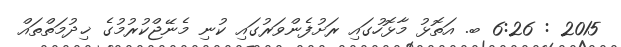
2015 : 6:26 ބ. އަތޮޅު މާޅޮހުގައި ރަށުފެންވަރުގައި ކުނި މެނޭޖްކުރުމުގެ ޚިދުމަތްތައް